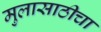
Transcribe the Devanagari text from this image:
मुलासाठीचा